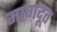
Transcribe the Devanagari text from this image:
माणदूत